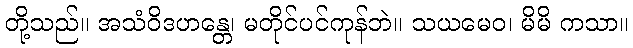
တို့သည်။ အသံဝိဒဟန္တေ၊ မတိုင်ပင်ကုန်ဘဲ။ သယမေဝ၊ မိမိ ကသာ။